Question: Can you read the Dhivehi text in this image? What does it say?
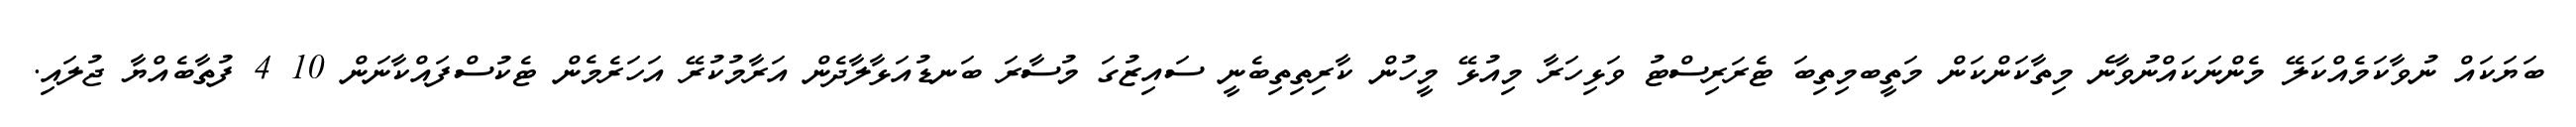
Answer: ބަޔަކައް ނުވާކަމެއްކަލޭ މެންނަކައްނުވާނެ މިތާކަންކަން މަތީބމިތިބަ ޓެރަރިސްޓު ވަޅިހަރާ މިއުޅޭ މީހުން ކާރިތިތިބެނީ ސައިޒުގަ މުސާރަ ބަނޑުއަޅާލާދެން އަރާމުކުރޭ އަހަރެމެން ޓެކުސްފައްކާނަން 10 4 ފުތާބެއްޔާ ޖުލައި.